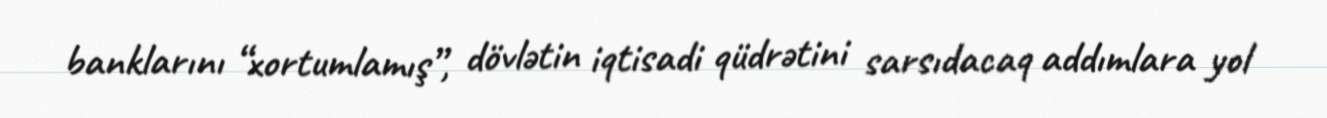
banklarını “xortumlamış”, dövlətin iqtisadi qüdrətini sarsıdacaq addımlara yol